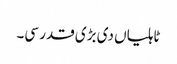
ٹاہلیاں دی بڑی قدر سی۔